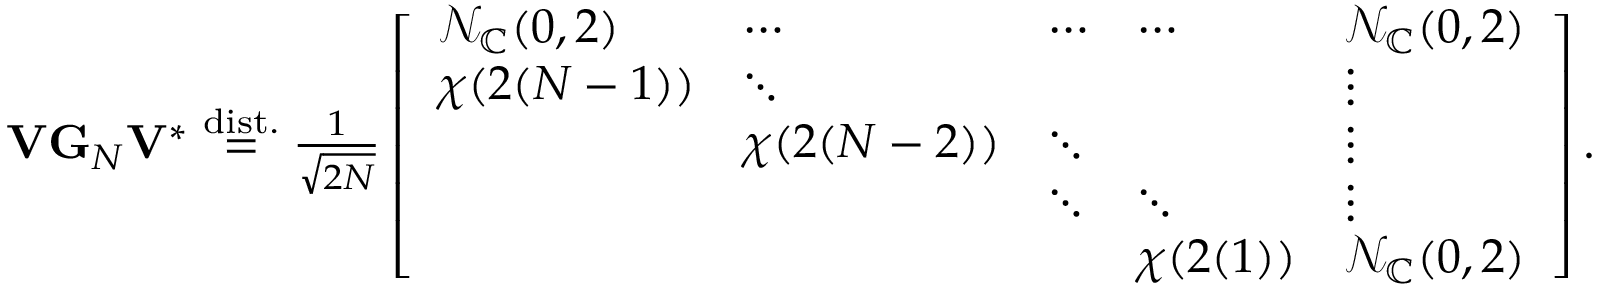
\begin{array} { r } { \mathbf { V } \mathbf { G } _ { N } \mathbf { V } ^ { * } \stackrel { \mathrm { d i s t . } } { = } \frac { 1 } { \sqrt { 2 N } } \left[ \begin{array} { l l l l l } { \mathcal { N } _ { \mathbb { C } } ( 0 , 2 ) } & { \cdots } & { \cdots } & { \cdots } & { \mathcal { N } _ { \mathbb { C } } ( 0 , 2 ) } \\ { \chi ( 2 ( N - 1 ) ) } & { \ddots } & & & { \vdots } \\ & { \chi ( 2 ( N - 2 ) ) } & { \ddots } & & { \vdots } \\ & & { \ddots } & { \ddots } & { \vdots } \\ & & & { \chi ( 2 ( 1 ) ) } & { \mathcal { N } _ { \mathbb { C } } ( 0 , 2 ) } \end{array} \right] . } \end{array}